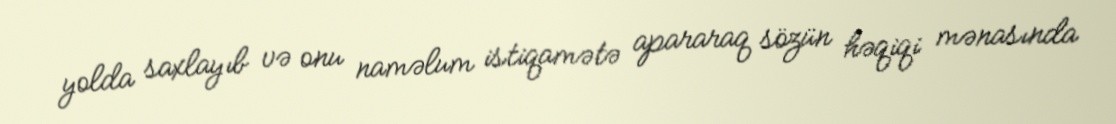
yolda saxlayıb və onu naməlum istiqamətə apararaq sözün həqiqi mənasında